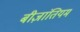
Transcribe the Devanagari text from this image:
बीज़ांतियम